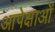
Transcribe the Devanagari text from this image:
आपेक्षाओं